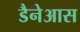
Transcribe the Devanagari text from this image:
डैनेआस